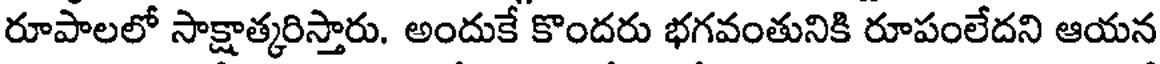
రూపాలలో సాక్షాత్కరిస్తారు. అందుకే కొందరు భగవంతునికి రూపంలేదని ఆయన